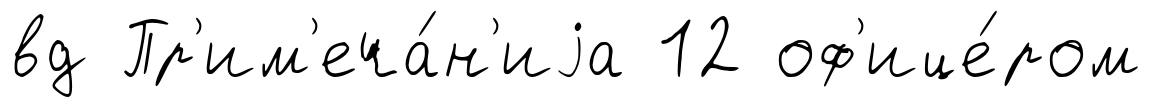
вд Пр'им'еча́н'иjа 12 оф'ице́ром